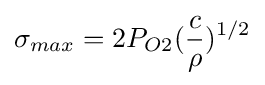
\sigma _{max}=2P_{O2}({\frac {c}{\rho }})^{1/2}